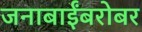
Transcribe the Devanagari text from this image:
जनाबाईंबरोबर